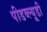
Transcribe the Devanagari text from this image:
पीडब्‍ल्‍यूडी